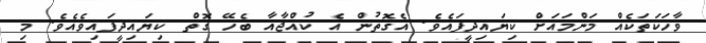
ވާހަކަތަކެއް މަންމައަށް ކިޔައިދީފައެވެ. އެގޮތުން އެ ކުއްޖާއާ ބެހޭ ގޮތް ކިޔައިދީފައިވެއެވެ. މި